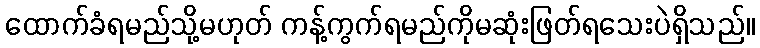
ထောက်ခံရမည်သို့မဟုတ် ကန့်ကွက်ရမည်ကိုမဆုံးဖြတ်ရသေးပဲရှိသည်။